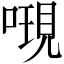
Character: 𠻷